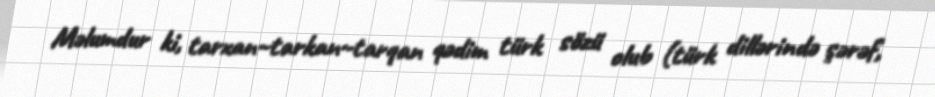
Məlumdur ki, tarxan~tarkan~tarqan qədim türk sözü olub (türk dillərində şərəf,